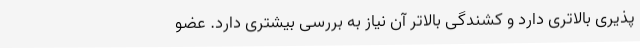
پذیری بالاتری دارد و کشندگی بالاتر آن نیاز به بررسی بیشتری دارد. عضو